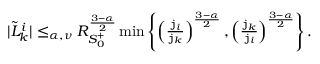
\begin{array} { r } { | \tilde { L } _ { k } ^ { i } | \le _ { \alpha , \nu } R _ { S _ { 0 } ^ { + } } ^ { \frac { 3 - \alpha } 2 } \operatorname* { m i n } \left\{ \left( \frac { \mathtt { j } _ { i } } { \mathtt { j } _ { k } } \right) ^ { \frac { 3 - \alpha } 2 } , \left( \frac { \mathtt { j } _ { k } } { \mathtt { j } _ { i } } \right) ^ { \frac { 3 - \alpha } 2 } \right\} . } \end{array}